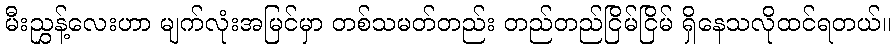
မီးညွှန့်လေးဟာ မျက်လုံးအမြင်မှာ တစ်သမတ်တည်း တည်တည်ငြိမ်ငြိမ် ရှိနေသလိုထင်ရတယ်။